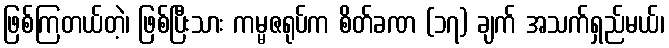
ဖြစ်ကြတယ်တဲ့၊ ဖြစ်ပြီးသား ကမ္မဇရုပ်က စိတ်ခဏ (၁၇) ချက် အသက်ရှည်မယ်၊